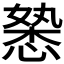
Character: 𭞉